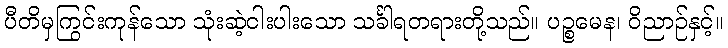
ပီတိမှကြွင်းကုန်သော သုံးဆဲ့ငါးပါးသော သင်္ခါရတရားတို့သည်။ ပဉ္စမေန၊ ဝိညာဉ်နှင့်။